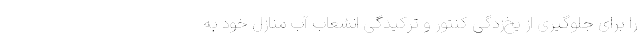
را برای جلوگیری از یخ‌زدگی کنتور و ترکیدگی انشعاب آب منازل خود به